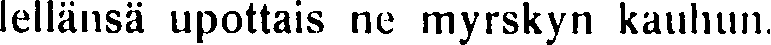
lellänsä upottais ne myrskyn kauhun.